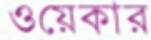
ওয়েকার